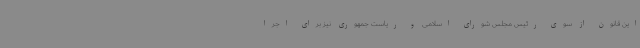
این قانون از سوی رئیس مجلس شورای اسلامی و ریاست جمهوری نیز برای اجرا